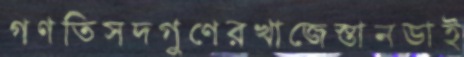
গণতিসদগুণেরখাজেস্তানডাই